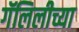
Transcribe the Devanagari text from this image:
गॅलिलीच्या